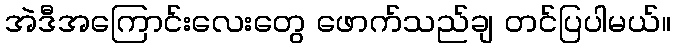
အဲဒီအကြောင်းလေးတွေ ဖောက်သည်ချ တင်ပြပါမယ်။